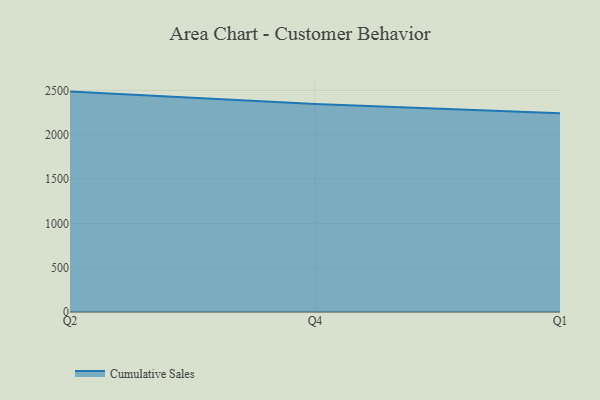
{"axis": {"x": "Quarter", "y": "Backlog"}, "legend": ["Cumulative Sales"], "data": [{"x": "Q2", "y": 2485.7, "type": "Cumulative Sales"}, {"x": "Q4", "y": 2345.5, "type": "Cumulative Sales"}, {"x": "Q1", "y": 2240.3, "type": "Cumulative Sales"}]}